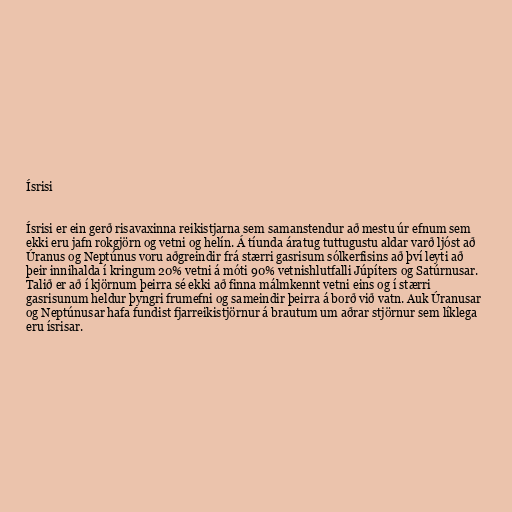
Ísrisi

Ísrisi er ein gerð risavaxinna reikistjarna sem samanstendur að mestu úr efnum sem
ekki eru jafn rokgjörn og vetni og helín. Á tíunda áratug tuttugustu aldar varð ljóst að
Úranus og Neptúnus voru aðgreindir frá stærri gasrisum sólkerfisins að því leyti að
þeir innihalda í kringum 20% vetni á móti 90% vetnishlutfalli Júpíters og Satúrnusar.
Talið er að í kjörnum þeirra sé ekki að finna málmkennt vetni eins og í stærri
gasrisunum heldur þyngri frumefni og sameindir þeirra á borð við vatn. Auk Úranusar
og Neptúnusar hafa fundist fjarreikistjörnur á brautum um aðrar stjörnur sem líklega
eru ísrisar.